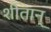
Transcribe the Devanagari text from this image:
शीतान्